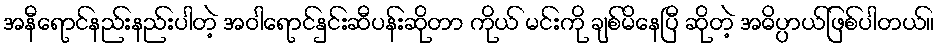
အနီရောင်နည်းနည်းပါတဲ့ အဝါရောင်နှင်းဆီပန်းဆိုတာ ကိုယ် မင်းကို ချစ်မိနေပြီ ဆိုတဲ့ အဓိပ္ပာယ်ဖြစ်ပါတယ်။